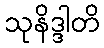
သုနိဒ္ဒါတိ